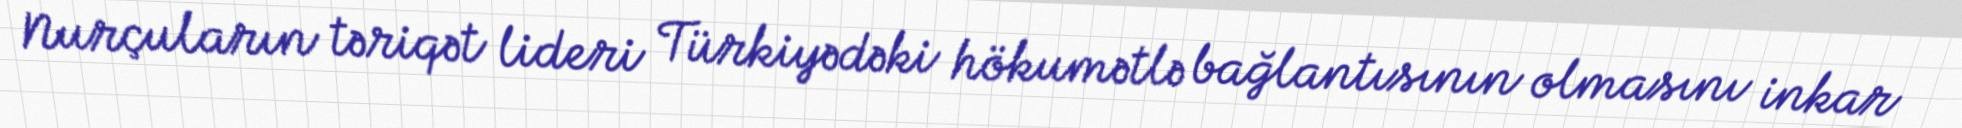
Nurçuların təriqət lideri Türkiyədəki hökumətlə bağlantısının olmasını inkar